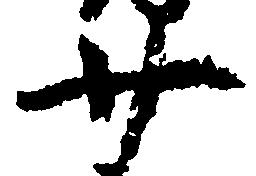
廿